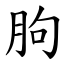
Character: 朐